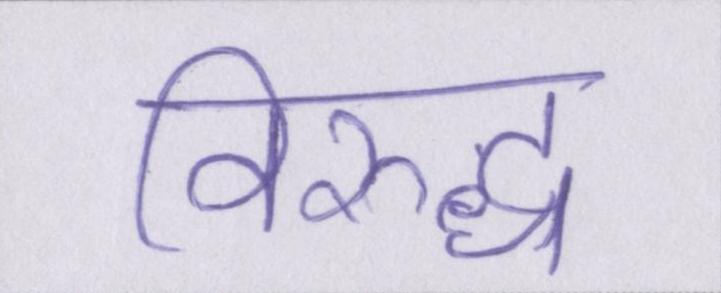
विरुद्ध